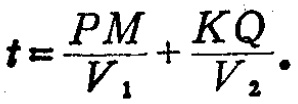
\(t=\frac{PM}{V_{1}}+\frac{KQ}{V_{2}}.\)